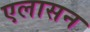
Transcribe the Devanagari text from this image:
एलासन